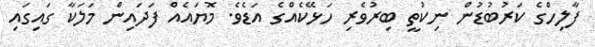
ފާލިހްގެ ކަރުބުޑުން ނިކުތީ ބިރުވެރި ހަޅޭކެއްގެ އަޑެވެ. މޮޔައެއް ފަދައިން މަލަކާ ގައިގައި